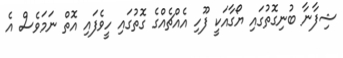
ޝިފާނާ ބުނިގޮތުގައި ޔޯގާއަކީ ފޫހި އެއްޗެއްގެ ގޮތުގައި ހީވެފައި އޮތް ނަމަވެސް އެ